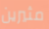
مثيرين